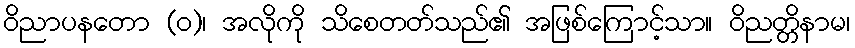
ဝိညာပနတော (ဝ)၊ အလိုကို သိစေတတ်သည်၏ အဖြစ်ကြောင့်သာ။ ဝိညတ္တိနာမ၊